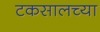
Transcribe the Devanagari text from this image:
टकसालच्या